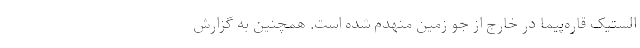
الستیک قاره‌پیما در خارج از جو زمین منهدم شده است. همچنین به گزارش